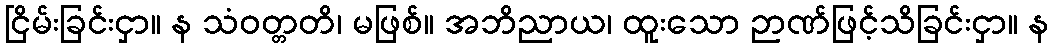
ငြိမ်းခြင်းငှာ။ န သံဝတ္တတိ၊ မဖြစ်။ အဘိညာယ၊ ထူးသော ဉာဏ်ဖြင့်သိခြင်းငှာ။ န